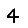
Digit: 4